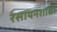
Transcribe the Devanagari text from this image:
रसायनशास्री